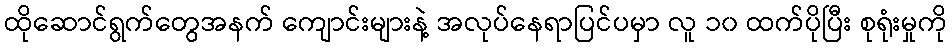
ထိုဆောင်ရွက်တွေအနက် ကျောင်းများနဲ့ အလုပ်နေရာပြင်ပမှာ လူ ၁၀ ထက်ပိုပြီး စုရုံးမှုကို